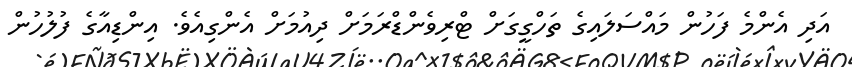
އަދި އެންމެ ފަހުން މައްސަލައިގެ ތަހްގީގަށް ޓްރިވެންޑްރަމަށް ދިއުމަށް އެންގިއެވެ. އިންޑިއާގެ ފުލުހުން